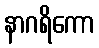
နာဂရိကော